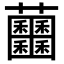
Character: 𧆕